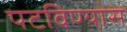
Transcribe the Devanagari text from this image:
पटविण्यास